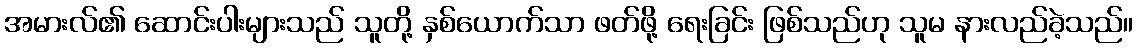
အမားလ်၏ ဆောင်းပါးများသည် သူတို့ နှစ်ယောက်သာ ဖတ်ဖို့ ရေးခြင်း ဖြစ်သည်ဟု သူမ နားလည်ခဲ့သည်။